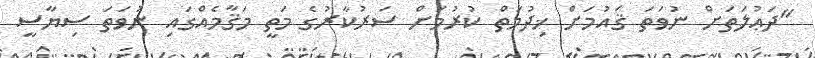
"ދަޢުލަތަށް ނުވަތަ ޤައުމަށް ޚިދުމަތް ކުރުމަށް ސަރުކާރުގެ މަތީ މަޤާމެއްގައި ނުވަތަ ސިޔާސީ